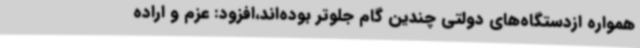
همواره ازدستگاه‌های دولتی چندین گام جلوتر بوده‌اند،افزود: عزم و اراده